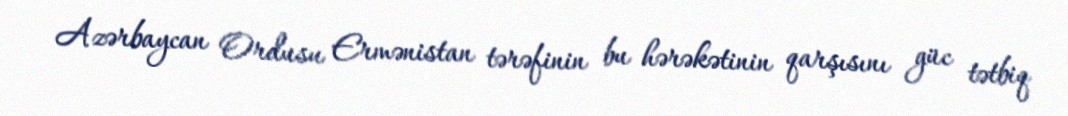
Azərbaycan Ordusu Ermənistan tərəfinin bu hərəkətinin qarşısını güc tətbiq